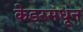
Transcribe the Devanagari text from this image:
केडरमधून